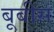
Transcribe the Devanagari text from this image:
बूबीस